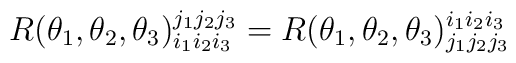
R(\theta_1,\theta_2,\theta_3)^{j_1j_2j_3}_{i_1i_2i_3}=R(\theta_1,\theta_2,\theta_3)^{i_1i_2i_3}_{j_1j_2j_3}